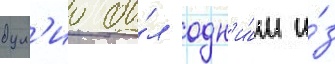
дул'ио бы́л одн'и́м и́з